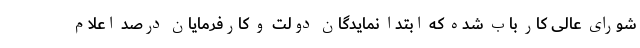
شورای عالی کار باب شده که ابتدا نمایدگان دولت و کارفرمایان درصد اعلام